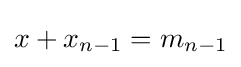
x+x_{n-1}=m_{n-1}